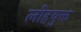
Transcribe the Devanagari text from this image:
लोहयुक्त